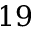
1 9